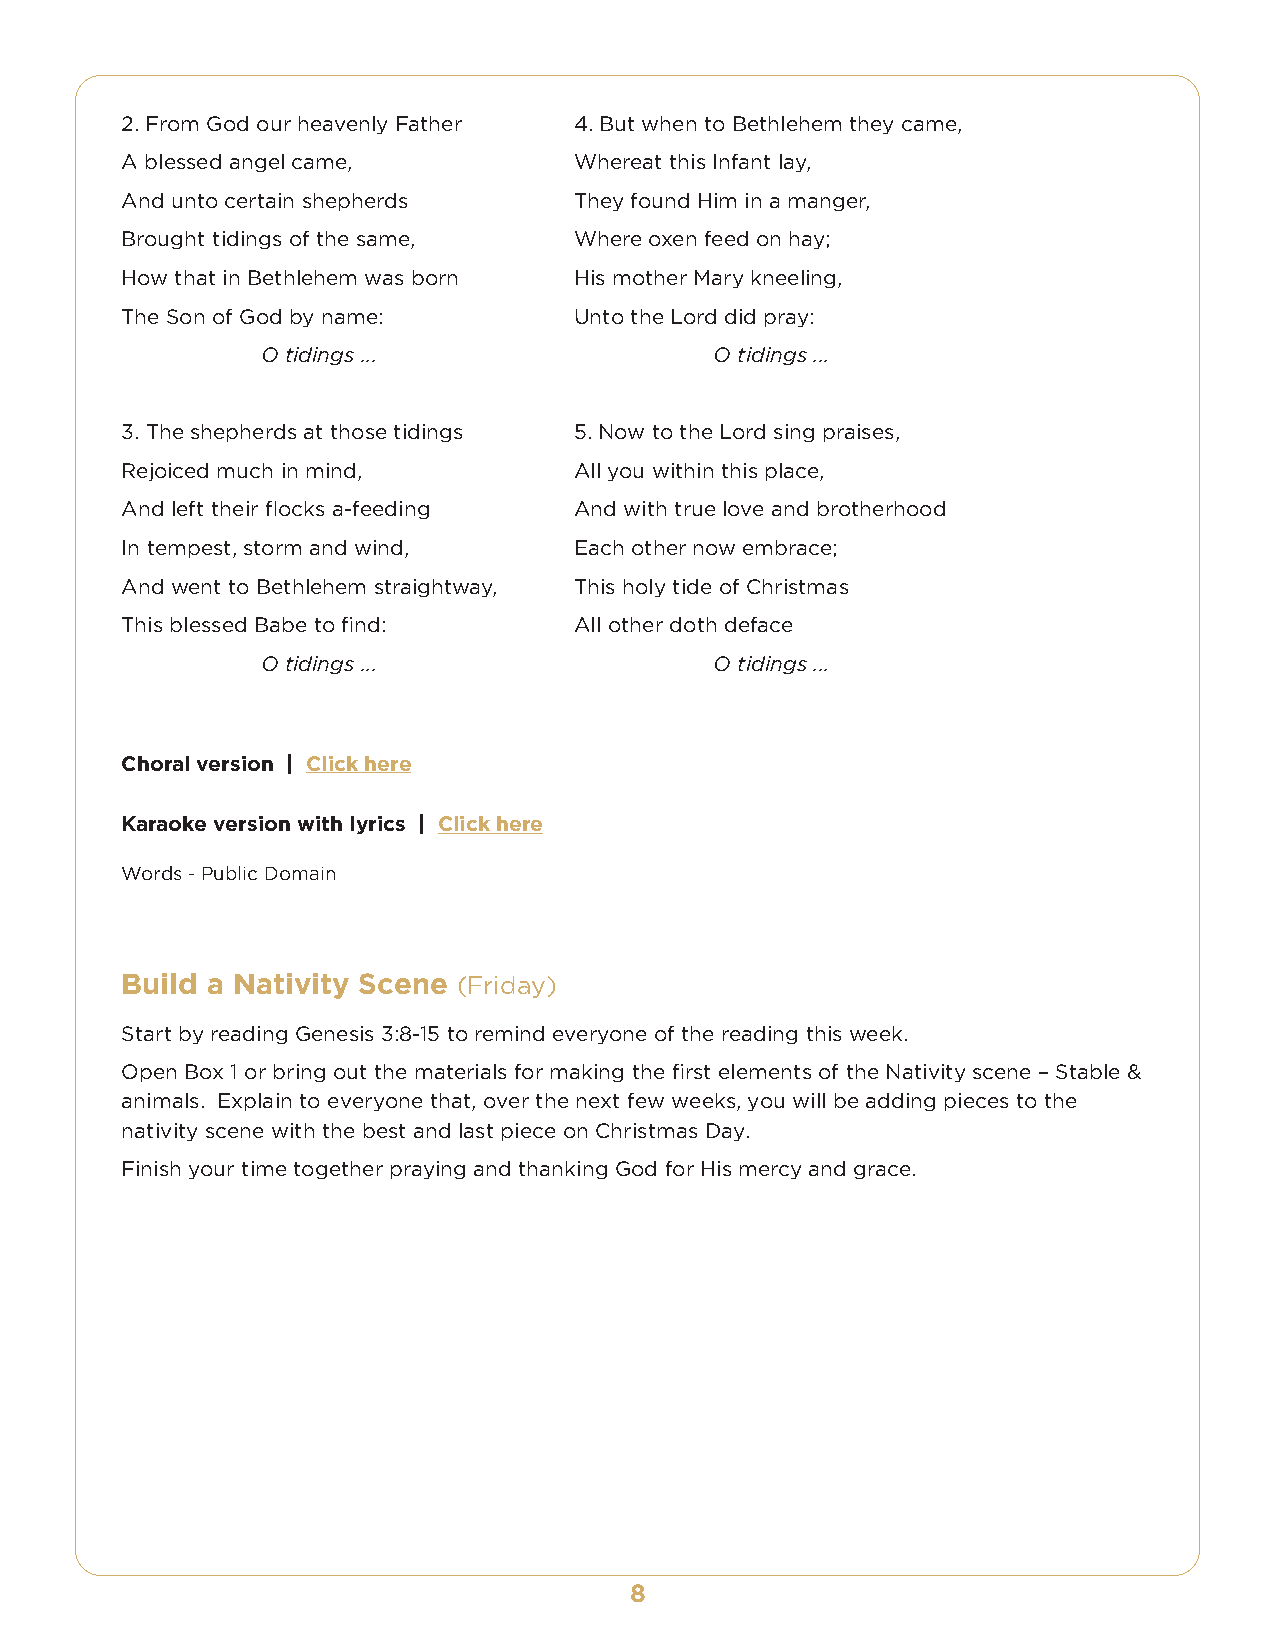
2.From God our heavenly Father 4. But when to Bethlehem they came,
 A blessed angel came,         Whereat this Infant lay,
 And unto certain shepherds    They found Him in a manger,
 Brought tidings of the same,  Where oxen feed on hay;
 How that in Bethlehem was born His mother Mary kneeling,
 The Son of God by name:       Unto the Lord did pray:
 O tidings ...                 O tidings ...
 3.The shepherds at those tidings 5.Now to the Lord sing praises,
 Rejoiced much in mind,        All you within this place,
 And left their flocks a-feeding And with true love and brotherhood
 In tempest, storm and wind,   Each other now embrace;
 And went to Bethlehem straightway, This holy tide of Christmas
 This blessed Babe to find:    All other doth deface
 O tidings ...                 O tidings ...
 Choral version | Click here
 Karaoke version with lyrics | Click here
 Words - Public Domain
 Build a Nativity Scene (Friday)
 Start by reading Genesis 3:8-15 to remind everyone of the reading this week.
 Open Box 1 or bring out the materials for making the first elements of the Nativity scene – Stable &
 animals. Explain to everyone that, over the next few weeks, you will be adding pieces to the
 nativity scene with the best and last piece on Christmas Day.
 Finish your time together praying and thanking God for His mercy and grace.
 8